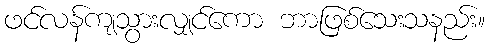
ဖင်လန်ကျသွားလျှင်ကော ဘာဖြစ်သေးသနည်း။